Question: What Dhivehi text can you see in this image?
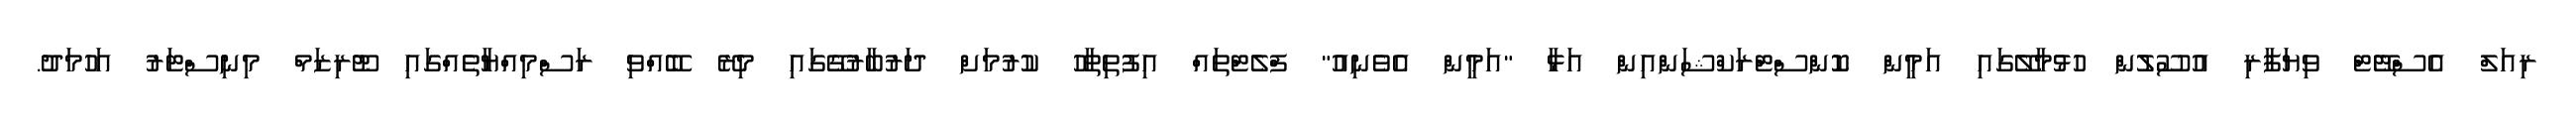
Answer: ރިއަލް އެސްޓޭޓް ވިޔަފާރި އުސޫލުން ހުޅުމާލޭގައި އަމީން ކޮންސްޓްރަކްޝަންއިން އަޅާ "އަމީން އެވެނިއު" ފްލެޓްތައް އިފުތިތާހު ކުރުމަށް ދަރުބާރުގޭގައި މިރޭ ބޭއްވި ރަސްމިއްޔާތެއްގައި ޓޫރިޒަމް މިނިސްޓަރު އަހުމަދު.